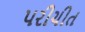
પરીચીત